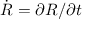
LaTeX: { \dot { R } } = \partial R / \partial t